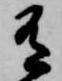
有